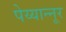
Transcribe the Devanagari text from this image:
पेय्यान्‍नूर